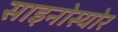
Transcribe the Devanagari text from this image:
साइनोस्योर